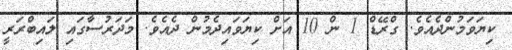
ކިޔަވަމުންދެއެވެ. ގްރޭޑް 1 ން 10 އަށް ކިޔަވައިދެމުން ދެއެވެ. މަދަރުސާގައި ލައިބްރަރީ